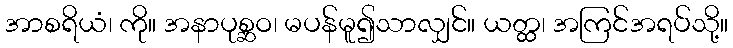
အာစရိယံ၊ ကို။ အနာပုစ္ဆဝ၊ မပန်မူ၍သာလျှင်။ ယတ္ထ၊ အကြင်အရပ်သို့။